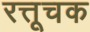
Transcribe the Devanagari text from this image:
रत्तूचक